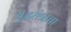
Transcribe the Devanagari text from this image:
युद्घतंत्राचा